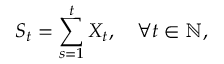
S _ { t } = \sum _ { s = 1 } ^ { t } X _ { t } , \quad \forall t \in \mathbb { N } ,